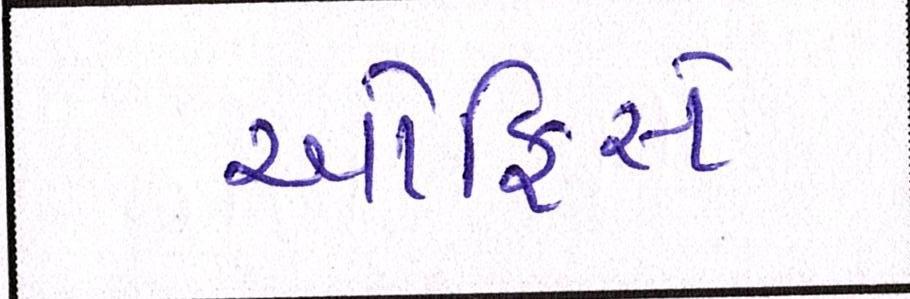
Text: ઓફિસે